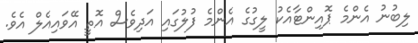
ލިބުނު އެންމެ ޕޮއިންޓާއެކު ލީގުގެ އެންމެ ފުލުގައި އަދިވެސް އޮތީ އޭވައިއެލް އެވެ.